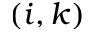
( i , k )